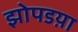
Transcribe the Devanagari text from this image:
झोपडय़ा